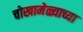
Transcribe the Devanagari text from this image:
चोखामेळ्याच्या